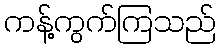
ကန့်ကွက်ကြသည်